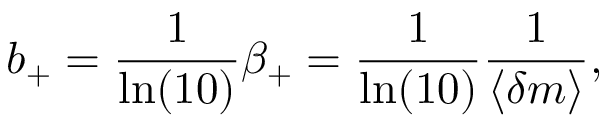
b _ { + } = \frac { 1 } { \ln ( 1 0 ) } \beta _ { + } = \frac { 1 } { \ln ( 1 0 ) } \frac { 1 } { \langle \delta m \rangle } ,